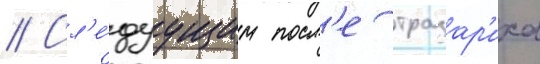
// Сл'е́дуущим посл'е тразар'иха